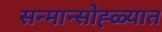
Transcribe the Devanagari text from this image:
सन्मान्सोह्ळ्यात